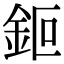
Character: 鉕